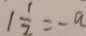
1 \frac { 1 } { 2 } = - a